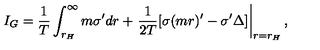
I _ { G } = \frac { 1 } { T } \int _ { r _ { H } } ^ { \infty } m \sigma ^ { \prime } d r + \left. \frac { 1 } { 2 T } [ \sigma ( m r ) ^ { \prime } - \sigma ^ { \prime } \Delta ] \right| _ { r = r _ { H } } ,